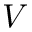
V